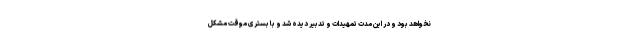
نخواهد بود و در این مدت تمهیدات و تدبیر دیده شد و با بستری موقت مشکل